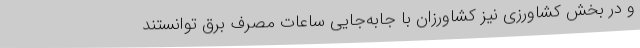
و در بخش کشاورزی نیز کشاورزان با جابه‌جایی ساعات مصرف برق توانستند